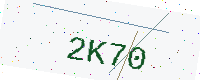
Text: 2K70